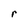
Character: r